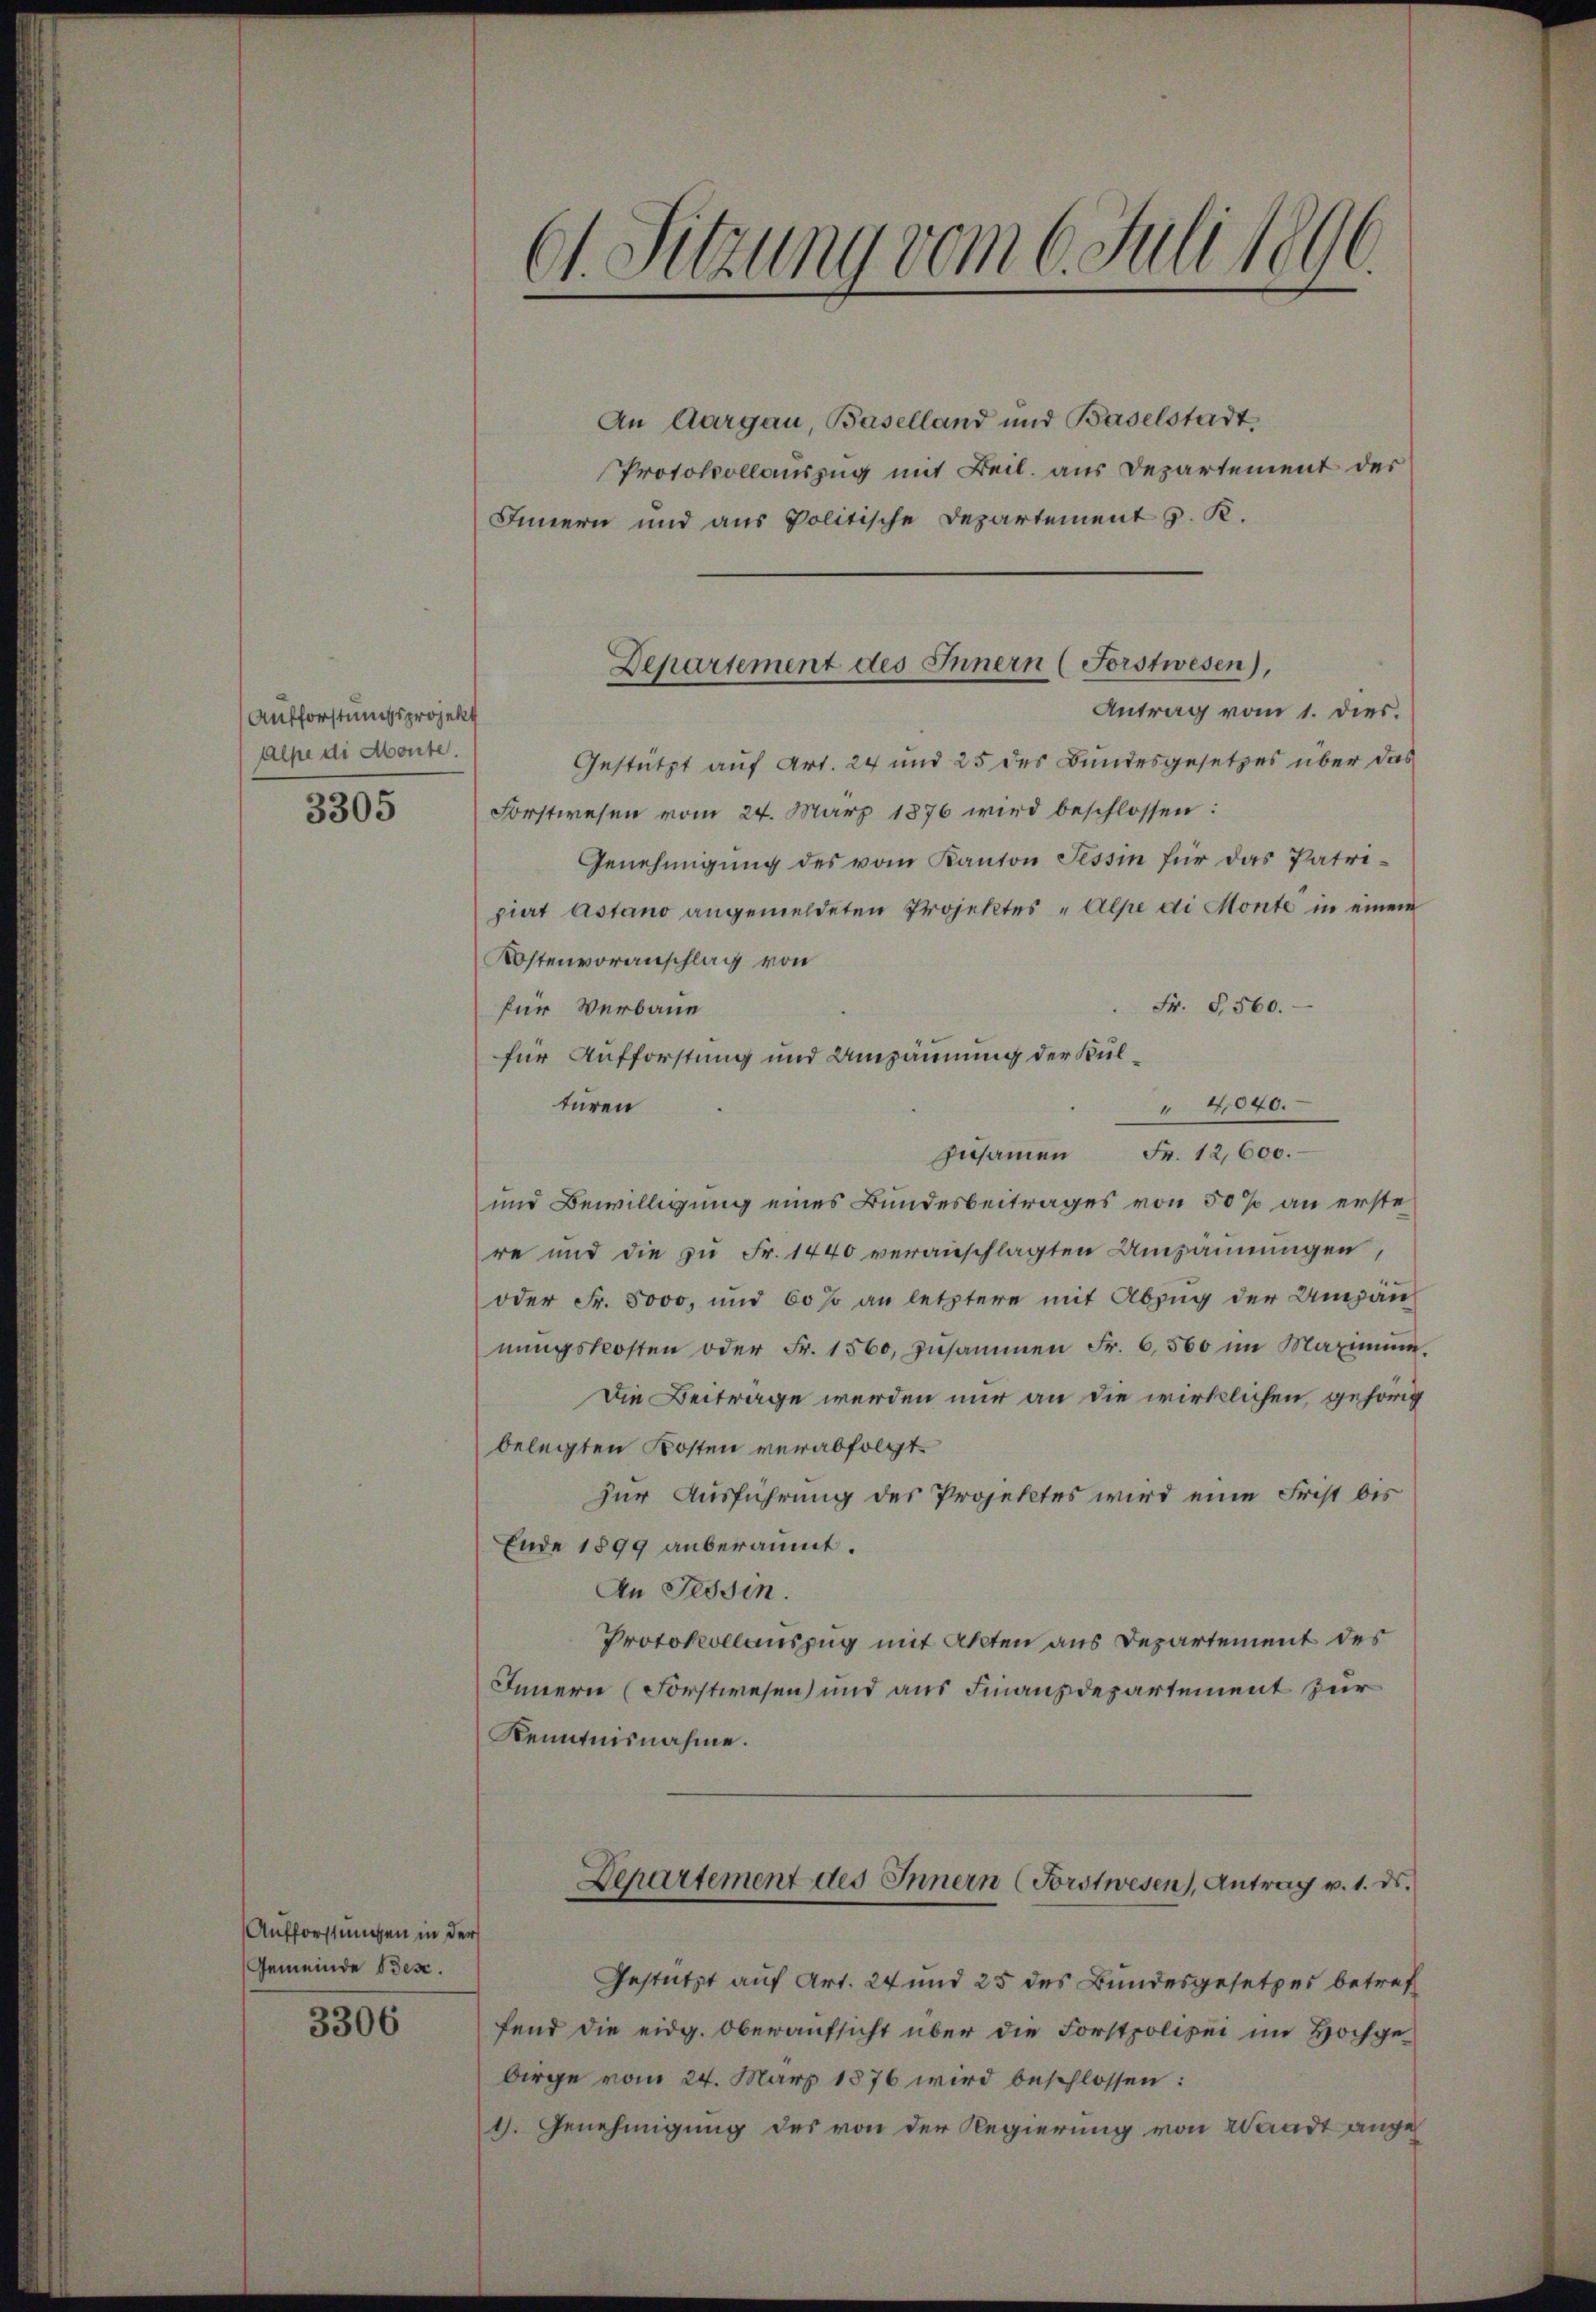
Aufforstungsprojekt
Alpe di Monte.

3305

Aufforstungen in der
Gemeinde Besc

3306

.
61. Sitzung vom 6. Juli 1896.

An Aargau, Baselland und Baselstadt,
Protokollauszug mit Beil. aus Departement der
Innern und aus Politische Departement z. K.
Antrag vom 1. dies.
Gestützt auf Art. 24 und 25 des Bundesgesetzes über das
Forstwesen vom 24. März 1876 wird beschlossen:
Genehmigung des vom Kanton Tessin für das Patripiert astano angemeldeten Projektes „Alpe di Monte in einem
Kostenvoranschlag von
Fr. S. 560.
für Verbaue
für Aufforstung und Umzäunung der Kultüren
" 4,040.
Fr. 12,600.
zusammen
und Bewilligung eines Bundesbeitrages von 50% an erste
re und die zu Fr. 1440 veranschlagten Umzäunungen,
oder Fr. 5000, und 60 so an letztere mit Abzug der Umpan
nungskosten oder Fr. 1560, zusammen Fr. 6500 im Maximum.
Die Beitrage werden nur an die wirklichen, gehörig
belegten Kosten verabfolgt.
zur Ausführung des Projektes wird eine Frist bis
Ende 1899 anberaumt.
An Tessin.
Protokollauszug mit Akten aus Departement des
Innern (Forstwesen und aus Finanzdepartement zur
Kenntnisnahme.
Departement des Innern (Forstwesen), Antrag v. 1. ds.
Gestützt auf Art. 24 und 25 des Bundesgesetzes betreff
fend die eidg. Oberaufsicht über die Forstpolizei im Hochgebirge vom 24. März 1876 wird beschlossen:
4. Genehmigung des von der Regierung von Waadt ange¬

Departement des Innern (Forstwesen),